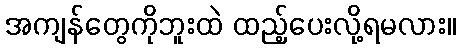
အကျန်တွေကိုဘူးထဲ ထည့်ပေးလို့ရမလား။